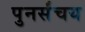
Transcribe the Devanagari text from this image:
पुनर्संचय